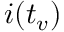
i ( t _ { v } )